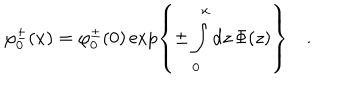
\varphi _ { 0 } ^ { \pm } ( x ) = \varphi _ { 0 } ^ { \pm } ( 0 ) \exp \left\{ \pm \int _ { 0 } ^ { x } \mathrm { d } z \, \Phi ( z ) \right\} \quad .